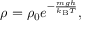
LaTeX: \rho = \rho _ { 0 } e ^ { - { \frac { m g h } { k _ { \mathrm { { B } } } T } } } ,